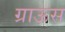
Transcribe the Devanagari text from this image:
ग्राऊस